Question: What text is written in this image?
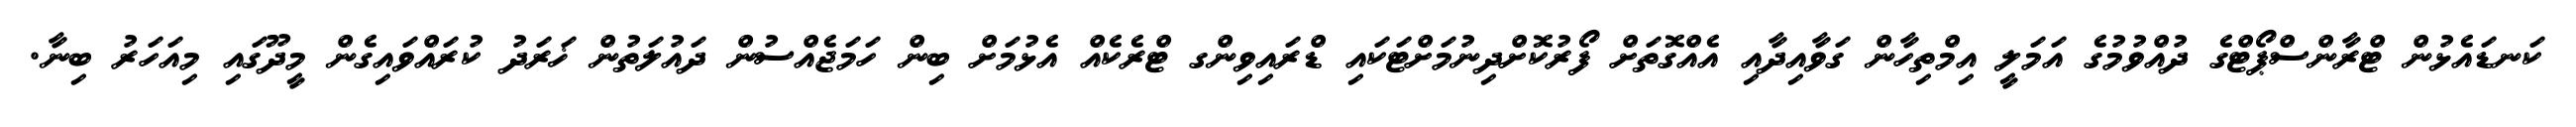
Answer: ކަނޑައެޅުން ޓްރާންސްޕޯޓްގެ ދުއްވުމުގެ އަމަލީ އިމްތިހާން ގަވާއިދާއި އެއްގޮތަށް ފޯރުކޮށްދިނުމަށްޓަކައި ޑްރައިވިންގ ޓްރެކެއް އެޅުމަށް ބިން ހަމަޖެއްސުން ދައުލަތުން ޚަރަދު ކުރައްވައިގެން މީދޫގައި މިއަހަރު ބިނާ.